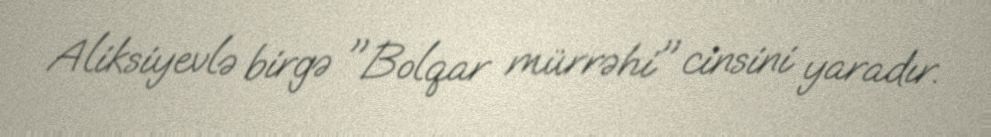
Aliksiyevlə birgə "Bolqar mürrəhi" cinsini yaradır.